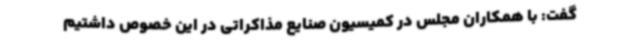
گفت: با همکاران مجلس در کمیسیون صنایع مذاکراتی در این خصوص داشتیم